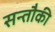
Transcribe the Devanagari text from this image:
सन्तौकी